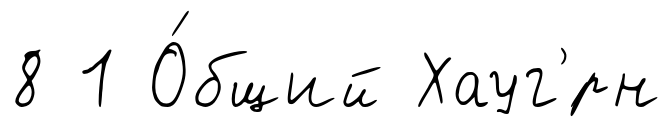
8 1 О́бщий Хауг'́рн